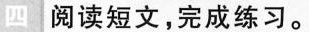
四阅读短文，完成练习。